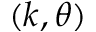
( k , \theta )